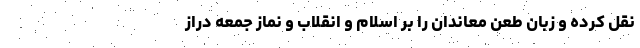
نقل کرده و زبان طعن معاندان را بر اسلام و انقلاب و نماز جمعه دراز